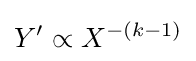
Y'\propto X^{-(k-1)}